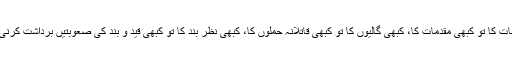
کبھی الزامات کا تو کبھی مقدمات کا، کبھی گالیوں کا تو کبھی قاتلانہ حملوں کا، کبھی نظر بند کا تو کبھی قید و بند کی صعوبتیں برداشت کرنی پڑتی ہیں۔